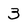
Character: 3